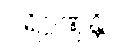
ပရိဂ္ဂဏှန္တိ